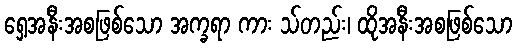
ရှေ့အနီးအစဖြစ်သော အက္ခရာ ကား သ်တည်း၊ ထိုအနီးအစဖြစ်သော